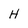
Character: H